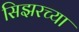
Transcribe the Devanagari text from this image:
सिझरच्या